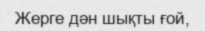
Жерге дән шықты ғой,